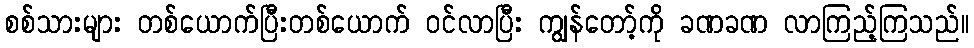
စစ်သားများ တစ်ယောက်ပြီးတစ်ယောက် ဝင်လာပြီး ကျွန်တော့်ကို ခဏခဏ လာကြည့်ကြသည်။